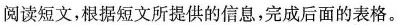
阅读短文，根据短文所提供的信息,完成后面的表格。